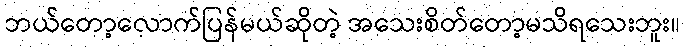
ဘယ်တော့လောက်ပြန်မယ်ဆိုတဲ့ အသေးစိတ်တော့မသိရသေးဘူး။